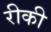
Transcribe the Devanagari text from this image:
रीकी